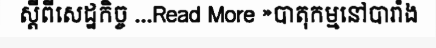
ស្តីពីសេដ្ឋកិច្ច ...Read More »បាតុកម្មនៅបារាំង